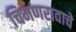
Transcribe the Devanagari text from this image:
चिमणरावाचे